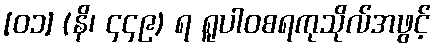
[၀၁] (နိ၊ ၄၄၉) ရ ရူပါဝစရကုသိုလ်အဖွင့်